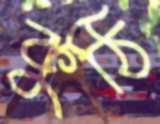
কুঠি